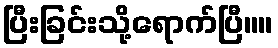
ပြီးခြင်းသို့ရောက်ပြီ။။